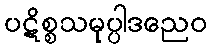
ပဋိစ္စသမုပ္ပါဒညေဝ